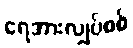
ရေအားလျှပ်စစ်